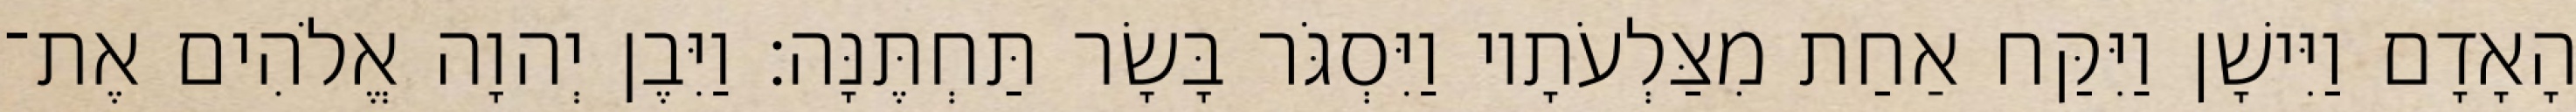
הָאָדָם וַיִּישָׁן וַיִּקַּח אַחַת מִצַּלְעֹתָיו וַיִּסְגֹּר בָּשָׂר תַּחְתֶּנָּה׃ וַיִּבֶן יְהוָה אֱלֹהִים אֶת־